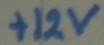
Text: +12v